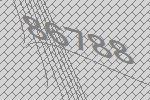
86788